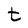
Character: t